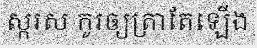
ស្ករស កូរឲ្យត្រាតែឡើង